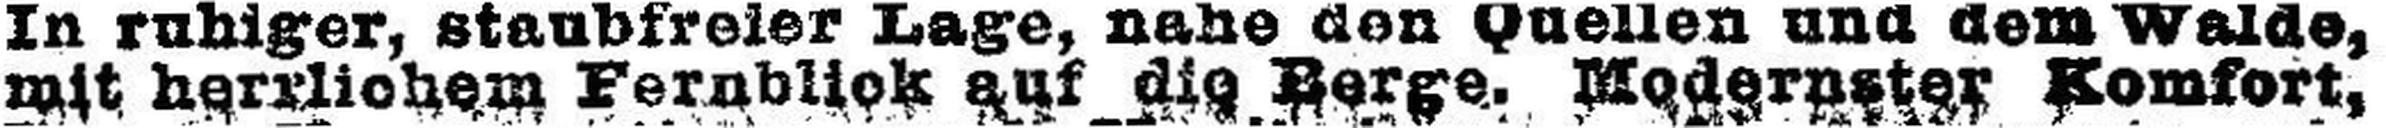
mit herrlichem Fernblick auf die Berge. Modernster Komfort,